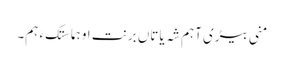
منی بیڑی آہم شہ یاتاں برنت او ہما سِتک ءَ ہم۔